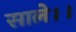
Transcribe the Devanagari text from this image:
साले।।